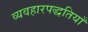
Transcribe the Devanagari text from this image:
व्यवहारपद्धतियाँ